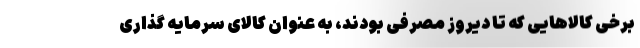
برخی کالاهایی که تا دیروز مصرفی بودند، به عنوان کالای سرمایه گذاری